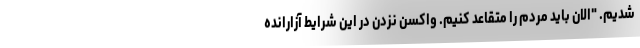
شدیم. "الان باید مردم را متقاعد کنیم. واکسن نزدن در این شرایط آزارانده